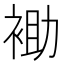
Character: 𰳾